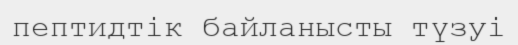
пептидтік байланысты түзуі